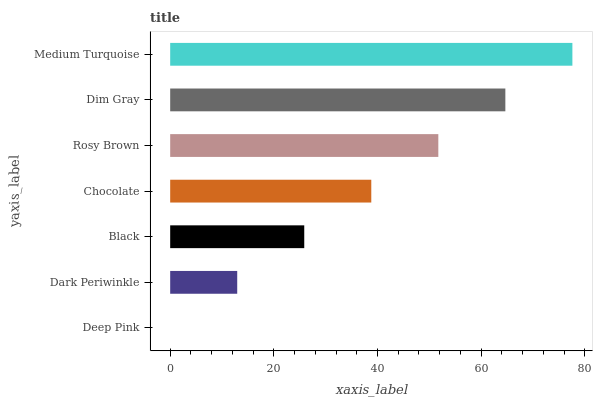
| yaxis_label | bars |
 | --- | --- |
 | Deep Pink | 0 |
 | Dark Periwinkle | 12.9 |
 | Black | 25.9 |
 | Chocolate | 38.8 |
 | Rosy Brown | 51.7 |
 | Dim Gray | 64.7 |
 | Medium Turquoise | 77.6 |